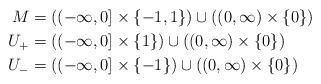
LaTeX: \begin{align*}M&=\left((-\infty,0] \times \{-1,1\} \right)\cup \left( (0,\infty) \times \{0\} \right) \\U_+ &= \left((-\infty,0] \times \{1\} \right)\cup \left( (0,\infty) \times \{0\} \right)\\U_- &= \left((-\infty,0] \times \{-1\} \right)\cup \left( (0,\infty) \times \{0\} \right) \end{align*}